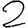
Digit: 2